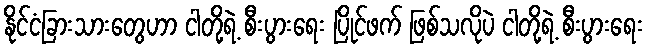
နိုင်ငံခြားသားတွေဟာ ငါတို့ရဲ့ စီးပွားရေး ပြိုင်ဖက် ဖြစ်သလိုပဲ ငါတို့ရဲ့ စီးပွားရေး